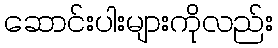
ဆောင်းပါးများကိုလည်း